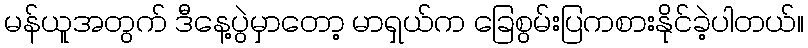
မန်ယူအတွက် ဒီနေ့ပွဲမှာတော့ မာရှယ်က ခြေစွမ်းပြကစားနိုင်ခဲ့ပါတယ်။